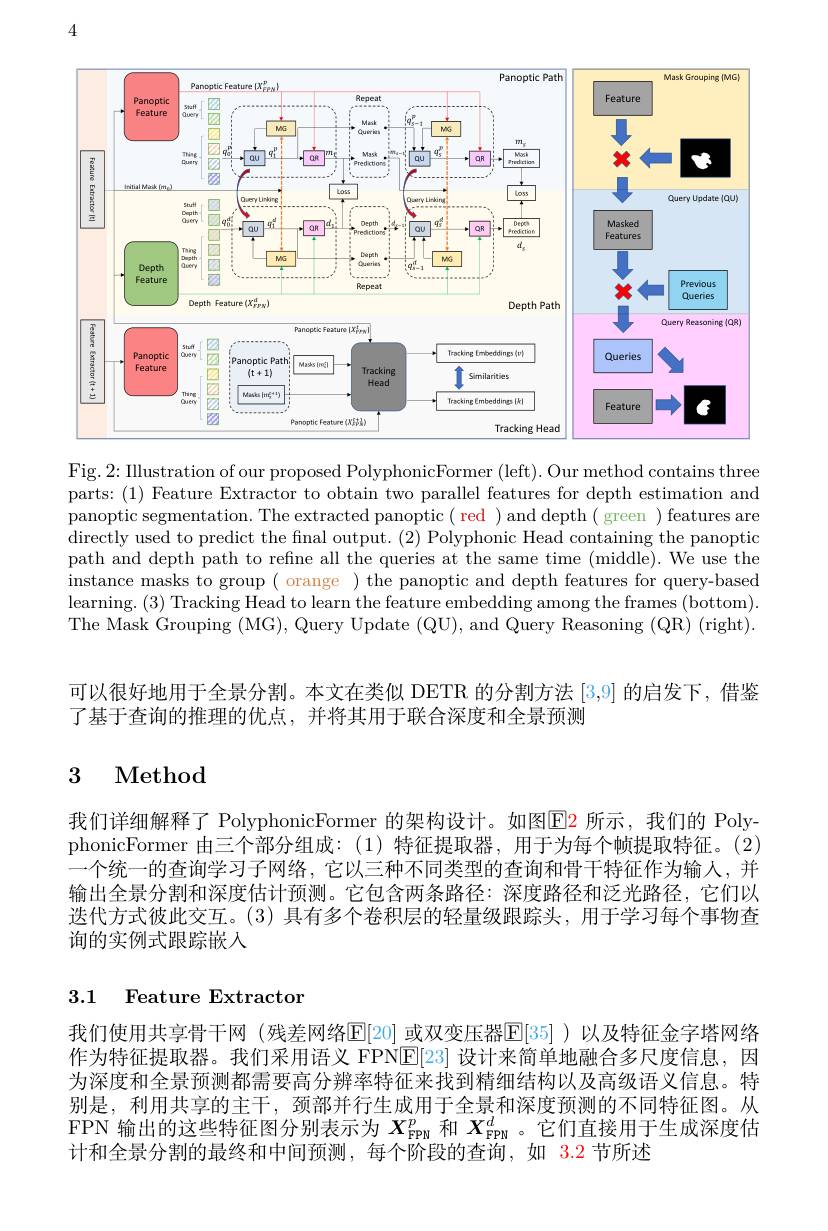
4

<FigureHere>

Fig. 2: Illustration of our proposed PolyphonicFormer (left). Our method contains three parts: (1) Feature Extractor to obtain two parallel features for depth estimation and panoptic segmentation. The extracted panoptic( red ) and depth( green ) features are directly used to predict the final output. (2) Polyphonic Head containing the panoptic path and depth path to refine all the queries at the same time (middle). We use the instance masks to group ( orange ) the panoptic and depth features for query-based learning. ( 3) Tracking Head to learn the feature embedding among the frames ( bottom) . The Mask Grouping (MG), Query Update (QU), and Query Reasoning (QR) (right).

可以很好地用于全景分割。本文在类似 DETR 的分割方法 [3,9] 的启发下，借鉴
了基于查询的推理的优点，并将其用于联合深度和全景预测

# 3 Method

我们详细解释了 PolyphonicFormer 的架构设计。如图$\color{red}{\mathrm{E2}}$ 所示，我们的 PolyphonicFormer 由三个部分组成：(1)特征提取器，用于为每个帧提取特征。(2) 一个统一的查询学习子网络，它以三种不同类型的查询和骨干特征作为输人，并输出全景分割和深度估计预测。它包含两条路径：深度路径和泛光路径，它们以迭代方式彼此交互。(3) 具有多个卷积层的轻量级跟踪头，用于学习每个事物查询的实例式跟踪嵌入

## 3.1 Feature Extractor

我们使用共享骨干网 (残差网络$\mathbb{E}[20]$ 或双变压器$\mathbb{E}[35]$ )以及特征金字塔网络作为特征提取器。我们采用语义 FPNE[23]设计来简单地融合多尺度信息，因为深度和全景预测都需要高分辨率特征来找到精细结构以及高级语义信息。特别是，利用共享的主干，颈部并行生成用于全景和深度预测的不同特征图。从FPN 输出的这些特征图分别表示为$X_\mathrm{FPM}^p$和$X_\mathrm{FPN}^d$ 。它们直接用于生成深度估计和全景分割的最终和中间预测，每个阶段的查询，如 3.2 节所述